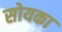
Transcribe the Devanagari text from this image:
सोयका